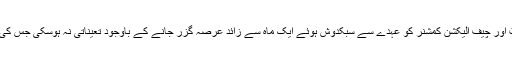
سینیٹر کا کہنا تھا کہ سندھ اور بلوچستان کے اراکین کی گزشتہ برس ریٹائرمنٹ اور چیف الیکشن کمشنر کو عہدے سے سبکدوش ہوئے ایک ماہ سے زائد عرصہ گزر جانے کے باوجود تعیناتی نہ ہوسکی جس کی وجہ سے الیکشن کمیشن غیر فعال ہے اور اس بارے میں آئین بھی خاموش ہے۔